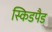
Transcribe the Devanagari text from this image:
स्किडपैड